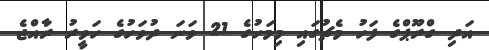
އަދި ގްރޫޕްގެ ފަހު މެޗުގައި މިމަހުގެ 21 ވަނަ ދުވަހުގެ ހަވީރު ރާއްޖެ